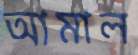
আমাল